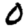
Digit: 0